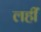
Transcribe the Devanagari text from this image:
लहीं